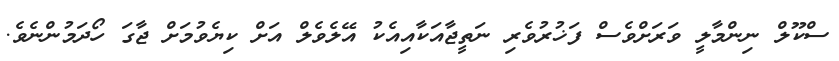
ސްކޫލް ނިންމާލީ ވަރަށްވެސް ފަޚުރުވެރި ނަތީޖާއަކާއިއެކު އޭލެވެލް އަށް ކިޔެވުމަށް ޖާގަ ހޯދަމުންނެވެ.